Leaving Certificate Examination (including Day School Certificate (Higher) General paper), 1935
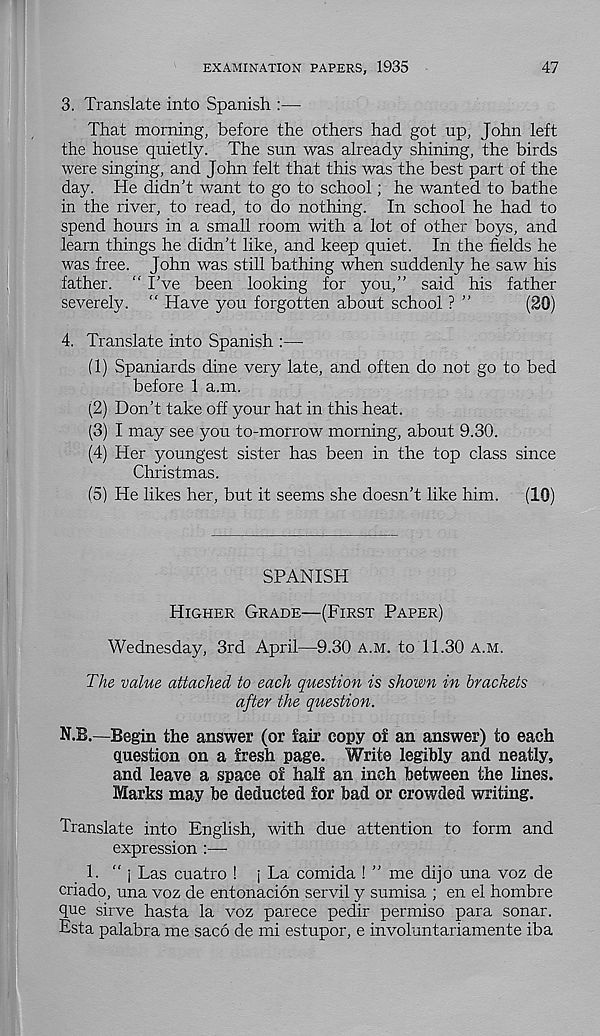
EXAMINATION PAPERS, 1935
47
3. Translate into Spanish :—
That morning, before the others had got up, John left
the house quietly. The sun was already shining, the birds
were singing, and John felt that this was the best part of the
day. He didn’t want to go to school; he wanted to bathe
in the river, to read, to do nothing. In school he had to
spend hours in a small room with a lot of other boys, and
learn things he didn’t like, and keep quiet. In the fields he
was free. John was still bathing when suddenly he saw his
father. “ I’ve been looking for you,” said his father
severely. “ Have you forgotten about school ? ”
(20)
4. Translate into Spanish :—-
(1) Spaniards dine very late, and often do not go to bed
before 1 a.m.
(2) Don’t take off your hat in this heat.
(3) I may see you to-morrow morning, about 9.30.
(4) Her youngest sister has been in the top class since
Christmas.
(5) He likes her, but it seems she doesn’t like him.
(10)
SPANISH
Higher Grade—(First Paper)
Wednesday, 3rd April—9.30 a.m. to 11.30 a.m.
The value attached to each question is shown in brackets
after the question.
N.B.—Begin the answer (or fair copy of an answer) to each
question on a fresh page. Write legibly and neatly,
and leave a space of half an inch between the lines.
Marks may be deducted for bad or crowded writing.
Translate into English, with due attention to form and
expression :—■
1. " j Las cuatro ! j La comida ! ” me dijo una voz de
criado, una voz de entonacion servil y sumisa ; en el hombre
que sirve hasta la voz parece pedir permiso para sonar.
Esta palabra me saco de mi estupor, e involuntariamente iba